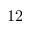
1 2